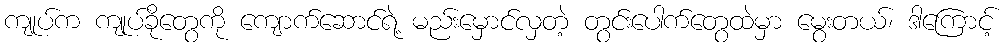
ကျုပ်က ကျုပ်ခိုတွေကို ကျောက်ဆောင်ရဲ့ မည်းမှောင်လှတဲ့ တွင်းပေါက်တွေထဲမှာ မွေးတယ်၊ ဒါကြောင့်